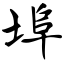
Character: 埠